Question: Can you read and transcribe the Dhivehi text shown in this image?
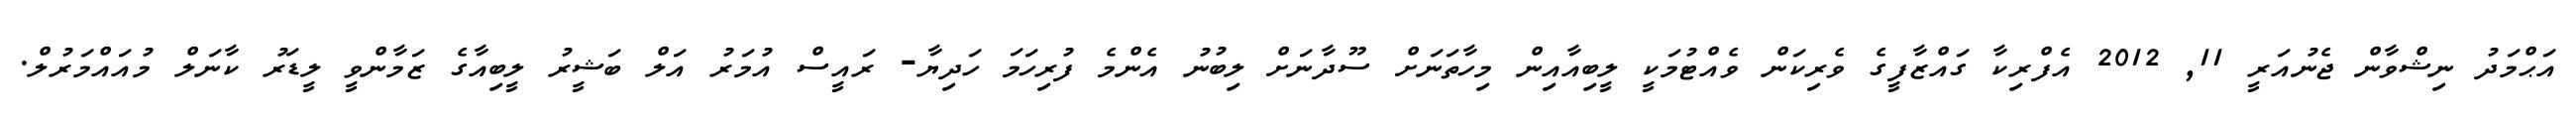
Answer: އަޙްމަދު ނިޝްވާން ޖެނުއަރީ 11, 2012 އެފްރިކާ ގައްޒާފީގެ ވެރިކަން ވެއްޓުމަކީ ލީބިއާއިން މިހާތަނަށް ސޫދާނަށް ލިބުނު އެންމެ ފުރިހަމަ ހަދިޔާ- ރައީސް އުމަރު އަލް ބަޝީރު ލީބިއާގެ ޒަމާންވީ ލީޑަރު ކާނަލް މުއައްމަރުލް.